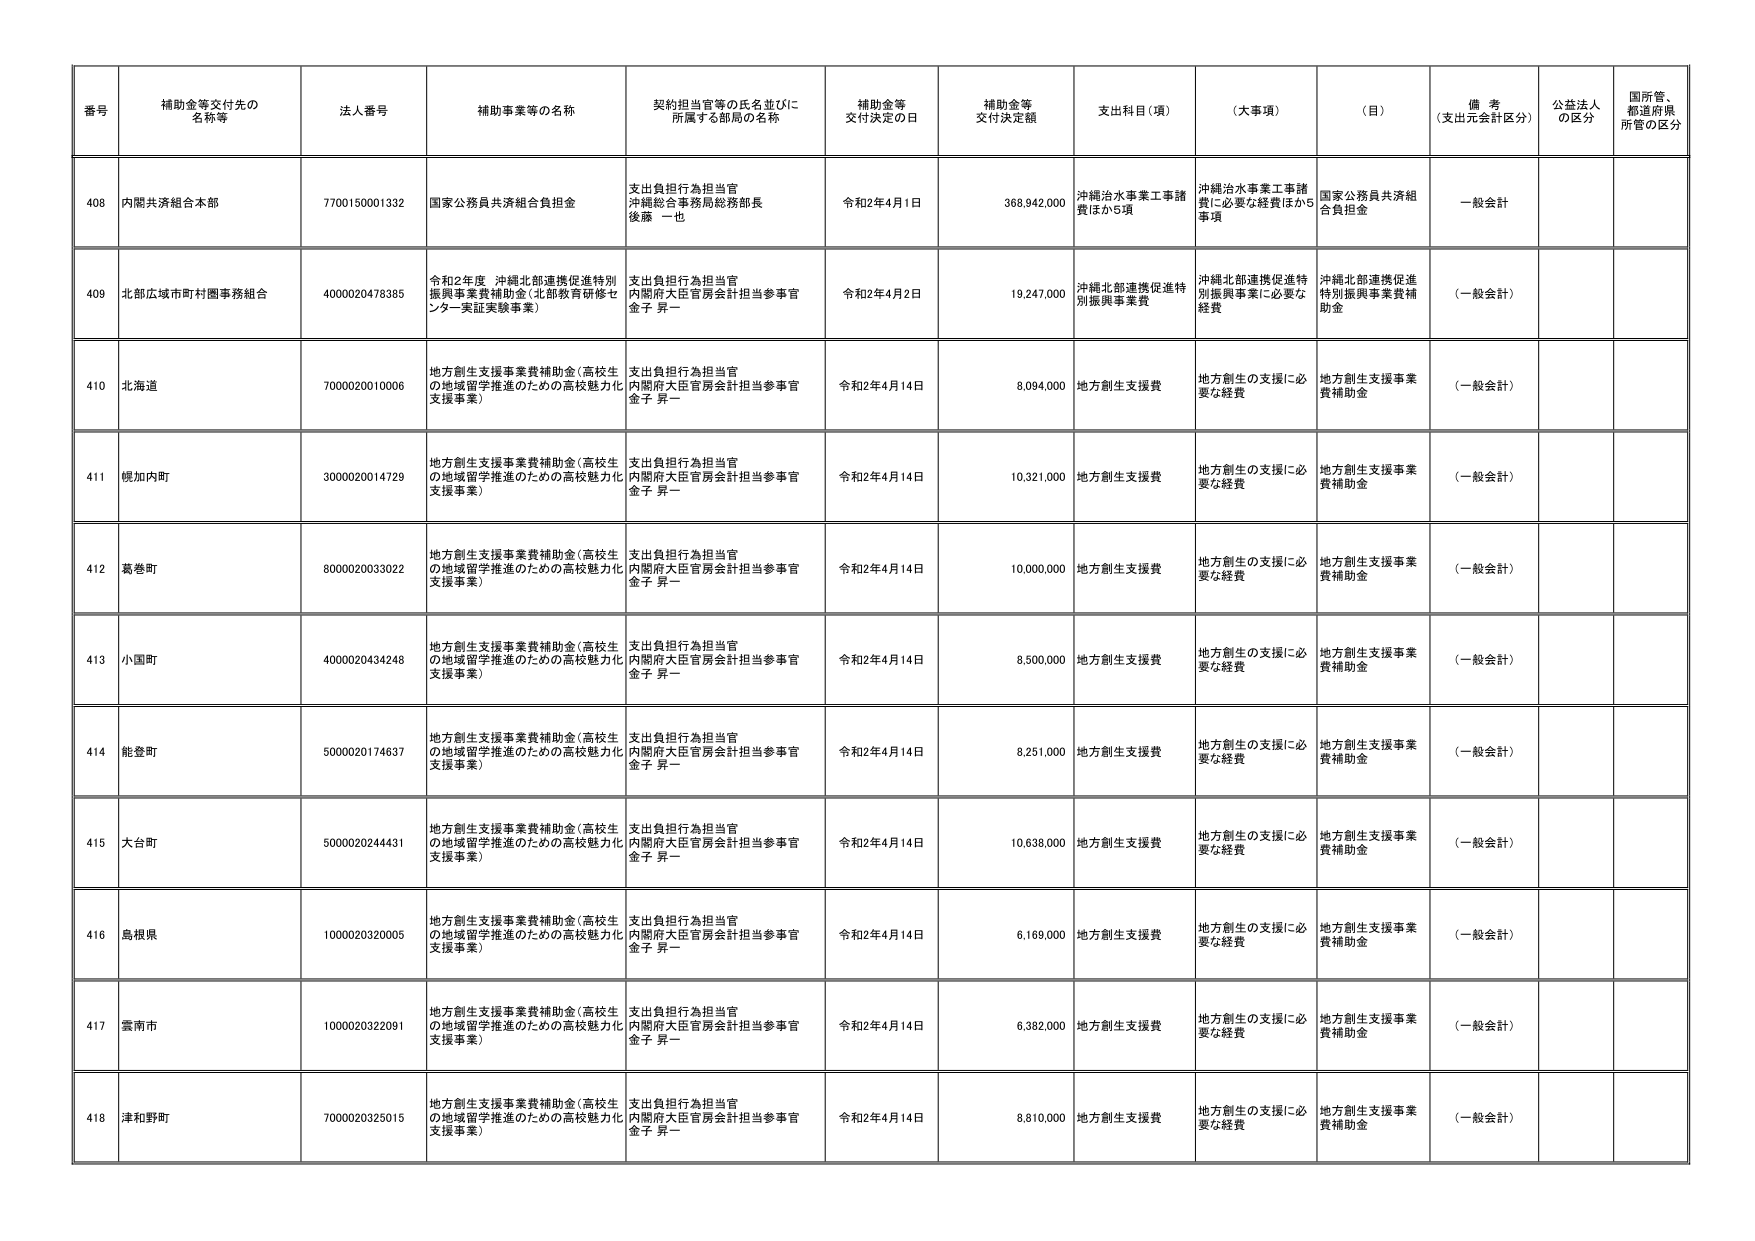
番号 補助金等交付先の名称等 法人番号 補助事業等の名称 契約担当官等の氏名並びに所属する部局の名称 補助金等交付決定の日 補助金等交付決定額 支出科目（項） （大事項） （目） 備考（支出元会計区分） 公益法人の区分 国所管、都道府県所管の区分

408 内閣共済組合本部 7700150001332 国家公務員共済組合負担金 支出負担行為担当官 沖縄総合事務局総務部長 後藤 一也 令和2年4月1日 368,942,000 沖縄治水事業工事諸費ほか5項 沖縄治水事業工事諸費に必要な経費ほか5事項 国家公務員共済組合負担金 一般会計

409 北部広域市町村圏事務組合 4000020476385 令和2年度 沖縄北部連携促進特別振興事業費補助金（北部教育研修センター実証実験事業） 支出負担行為担当官 内閣府大臣官房会計担当参事官 金子 昇一 令和2年4月2日 19,247,000 沖縄北部連携促進特別振興事業費 沖縄北部連携促進特別振興事業に必要な経費 沖縄北部連携促進特別振興事業費補助金 （一般会計）

410 北海道 7000020010006 地方創生支援事業費補助金（高校生の地域留学推進のための高校魅力化支援事業） 支出負担行為担当官 内閣府大臣官房会計担当参事官 金子 昇一 令和2年4月14日 8,094,000 地方創生支援費 地方創生の支援に必要な経費 地方創生支援事業費補助金 （一般会計）

411 幌加内町 3000020014729 地方創生支援事業費補助金（高校生の地域留学推進のための高校魅力化支援事業） 支出負担行為担当官 内閣府大臣官房会計担当参事官 金子 昇一 令和2年4月14日 10,321,000 地方創生支援費 地方創生の支援に必要な経費 地方創生支援事業費補助金 （一般会計）

412 葛巻町 8000020033022 地方創生支援事業費補助金（高校生の地域留学推進のための高校魅力化支援事業） 支出負担行為担当官 内閣府大臣官房会計担当参事官 金子 昇一 令和2年4月14日 10,000,000 地方創生支援費 地方創生の支援に必要な経費 地方創生支援事業費補助金 （一般会計）

413 小国町 4000020434248 地方創生支援事業費補助金（高校生の地域留学推進のための高校魅力化支援事業） 支出負担行為担当官 内閣府大臣官房会計担当参事官 金子 昇一 令和2年4月14日 8,500,000 地方創生支援費 地方創生の支援に必要な経費 地方創生支援事業費補助金 （一般会計）

414 能登町 5000020174637 地方創生支援事業費補助金（高校生の地域留学推進のための高校魅力化支援事業） 支出負担行為担当官 内閣府大臣官房会計担当参事官 金子 昇一 令和2年4月14日 8,251,000 地方創生支援費 地方創生の支援に必要な経費 地方創生支援事業費補助金 （一般会計）

415 大台町 5000020244431 地方創生支援事業費補助金（高校生の地域留学推進のための高校魅力化支援事業） 支出負担行為担当官 内閣府大臣官房会計担当参事官 金子 昇一 令和2年4月14日 10,638,000 地方創生支援費 地方創生の支援に必要な経費 地方創生支援事業費補助金 （一般会計）

416 島根県 1000020320005 地方創生支援事業費補助金（高校生の地域留学推進のための高校魅力化支援事業） 支出負担行為担当官 内閣府大臣官房会計担当参事官 金子 昇一 令和2年4月14日 6,169,000 地方創生支援費 地方創生の支援に必要な経費 地方創生支援事業費補助金 （一般会計）

417 雲南市 1000020322091 地方創生支援事業費補助金（高校生の地域留学推進のための高校魅力化支援事業） 支出負担行為担当官 内閣府大臣官房会計担当参事官 金子 昇一 令和2年4月14日 6,382,000 地方創生支援費 地方創生の支援に必要な経費 地方創生支援事業費補助金 （一般会計）

418 津和野町 7000020325015 地方創生支援事業費補助金（高校生の地域留学推進のための高校魅力化支援事業） 支出負担行為担当官 内閣府大臣官房会計担当参事官 金子 昇一 令和2年4月14日 8,810,000 地方創生支援費 地方創生の支援に必要な経費 地方創生支援事業費補助金 （一般会計）